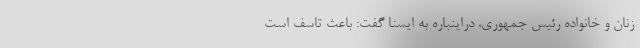
زنان و خانواده رئیس جمهوری، دراینباره به ایسنا گفت: باعث تاسف است